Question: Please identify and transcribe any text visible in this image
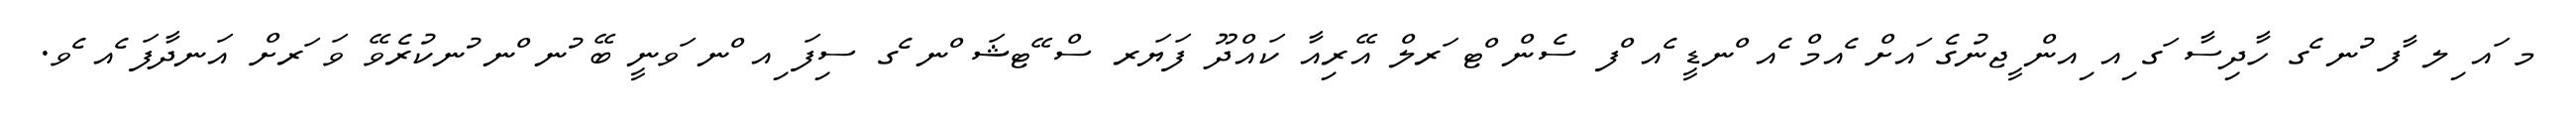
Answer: މ ައ ިލ ާފ ުނ ެގ ހާދިސާ ަގ ިއ ިއން ީޖނުގެ ައށް ެއމް ެއ ްނޑީ ެއ ްފ ސެން ްޓ ަރލް އޭރިއާ ކައްދޫ ފަޔަރ ސް ޭޓޝަ ްނ ެގ ސިފަ ިއ ްނ ަވނީ ބޭ ުނ ްނ ުނކުރެވޭ ވަ ަރށް އަނދާފަ ެއ ެވ.